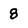
Character: 8